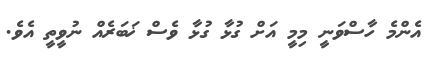
އެންމެ ހާސްވަނީ މިމީ އަށް ގުޅާ ގުޅާ ވެސް ޚަބަރެއް ނުވީތީ އެވެ.